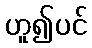
ဟူ၍ပင်